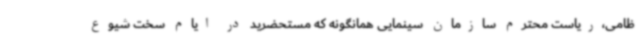
ظامی،ریاست محترم سازمان سینمایی همانگونه که مستحضرید در ایام سخت شیوع